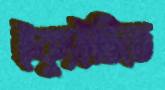
ইক্যুইটিতে